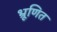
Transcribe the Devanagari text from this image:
भ्रूणित